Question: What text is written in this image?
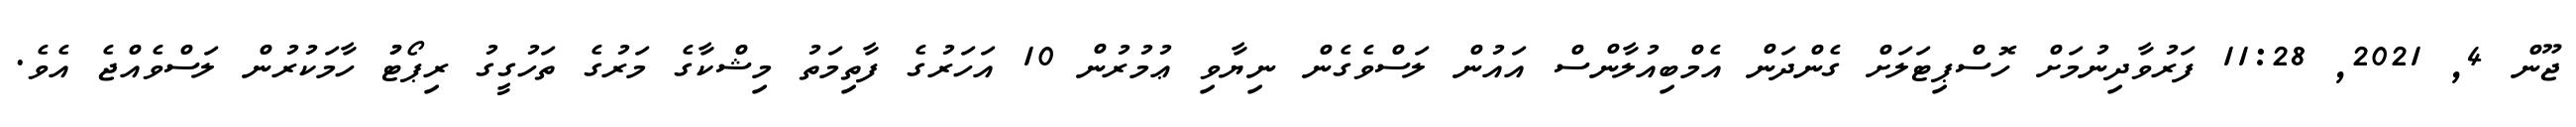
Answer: ޖޫން 4, 2021, 11:28 ފަރުވާދިނުމަށް ހޮސްޕިޓަލަށް ގެންދަން އެމްބިއުލާންސް އައުން ލަސްވެގެން ނިޔާވި ޢުމުރުން 10 އަހަރުގެ ފާތިމަތު މިޝްކާގެ މަރުގެ ތަހުގީގު ރިޕޯޓުު ހާމަކުރުން ލަސްވެއްޖެ އެވެ.